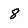
Character: 8